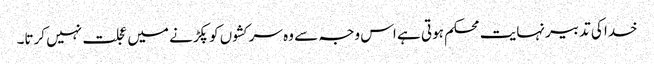
خدا کی تدبیر نہایت محکم ہوتی ہے اس وجہ سے وہ سرکشوں کو پکڑنے میں عجلت نہیں کرتا۔